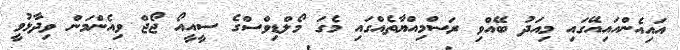
އައިއެންއައިއޭގައި މިއަދު ބޭއްވި ރަސްމިއްޔާތެއްގައި މެގަ މޯލްޑިވްސްގެ ސީއީއޯ ޖޯޖް ވިއެންމަން ވިދާޅުވީ